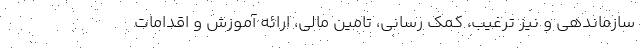
سازماندهی و نیز ترغیب، کمک رسانی، تامین مالی، ارائه آموزش و اقدامات